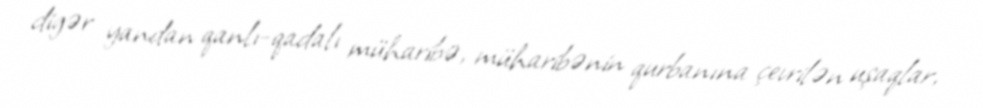
digər yandan qanlı-qadalı müharibə, müharibənin qurbanına çevrilən uşaqlar,